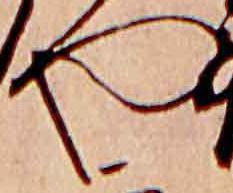
や